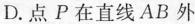
D.点P在直线AB外